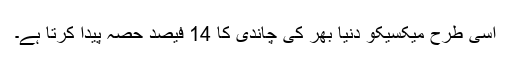
اسی طرح میکسیکو دنیا بھر کی چاندی کا 14 فیصد حصہ پیدا کرتا ہے۔